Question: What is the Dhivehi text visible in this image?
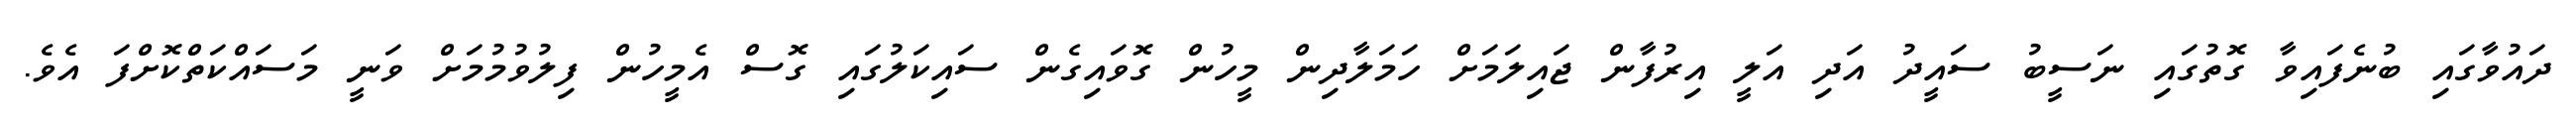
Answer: ދައުވާގައި ބުނެފައިވާ ގޮތުގައި ނަސީބު ސައީދު އަދި އަލީ އިރުފާން ޖައިލަމަށް ހަމަލާދިން މީހުން ގޮވައިގެން ސައިކަލުގައި ގޮސް އެމީހުން ފިލުވުމުމަށް ވަނީ މަސައްކަތްކޮށްފަ އެވެ.